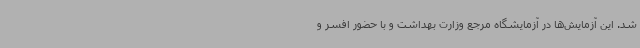
شد. این آزمایش‌ها در آزمایشگاه مرجع وزارت بهداشت و با حضور افسر و